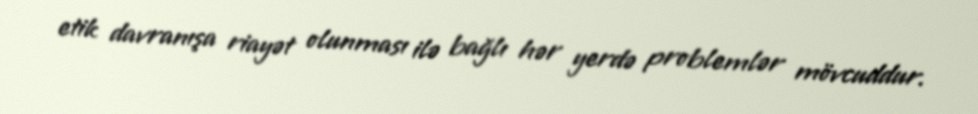
etik davranışa riayət olunması ilə bağlı hər yerdə problemlər mövcuddur.